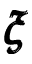
\pmb { \xi }